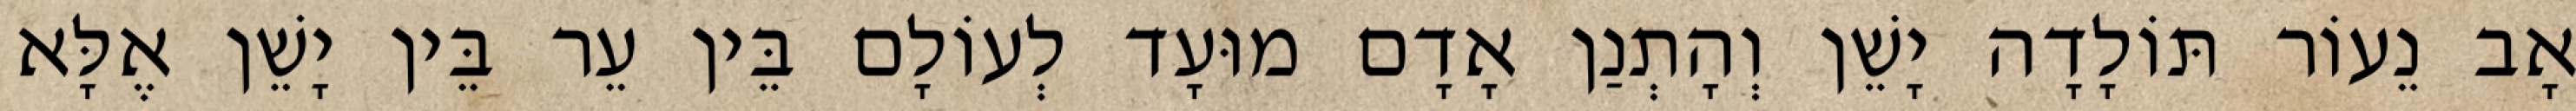
אָב נֵעוֹר תּוֹלָדָה יָשֵׁן וְהָתְנַן אָדָם מוּעָד לְעוֹלָם בֵּין עֵר בֵּין יָשֵׁן אֶלָּא